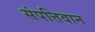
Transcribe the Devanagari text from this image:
संपत्तिवान